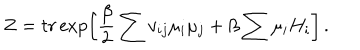
LaTeX: Z = t r \exp \left[ \frac { \beta } { 2 } \sum v _ { i j } \mu _ { i } \mu _ { j } + \beta \sum \mu _ { i } H _ { i } \right] \, .